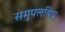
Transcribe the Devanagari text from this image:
समुपलबिध